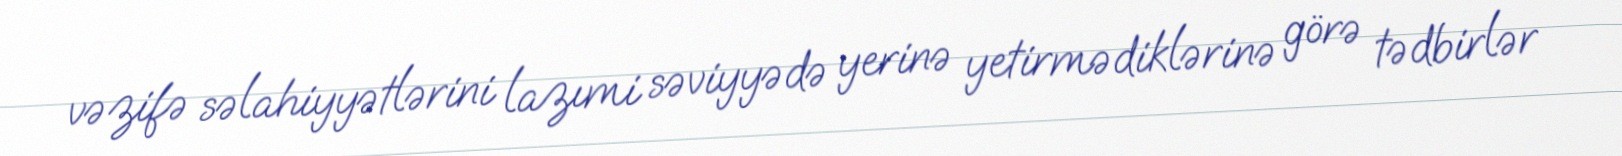
vəzifə səlahiyyətlərini lazımi səviyyədə yerinə yetirmədiklərinə görə tədbirlər